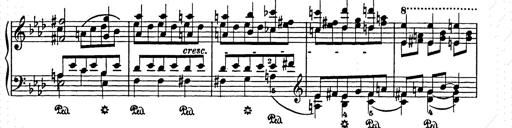
Title: Elegy No.1
Composer: Franz Liszt
Key: A-flat major